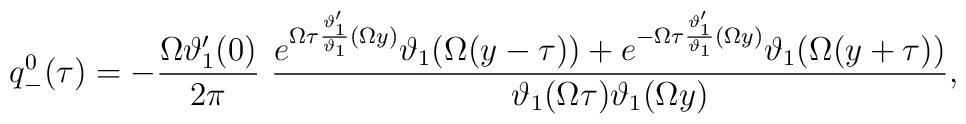
q^0_-(\tau)=-\frac{\Omega\vartheta'_1(0)}{2\pi}~\frac{e^{\Omega\tau\frac{\vartheta'_1}{\vartheta_1}(\Omega y)}\vartheta_1(\Omega(y-\tau))+e^{-\Omega\tau\frac{\vartheta'_1}{\vartheta_1}(\Omega y)}\vartheta_1(\Omega(y+\tau))}{\vartheta_1(\Omega\tau)\vartheta_1(\Omega y)},